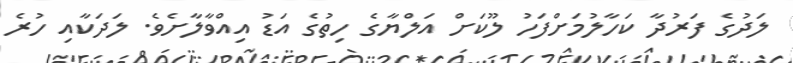
ލަދުގެ ފަރުދާ ކަހާލުމަށްފަހު ލޫކަށް އަލްޔާގެ ހިތުގެ އަޑު އިއްވާލާށެވެ. ލަދަކާއި ހުރެ